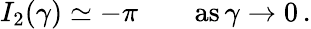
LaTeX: I_{2}(\gamma)\simeq-\pi\qquad\mathrm{as}\, \gamma\to 0\, .